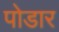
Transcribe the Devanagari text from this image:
पोडार